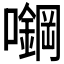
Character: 𰉅